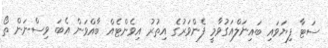
ސަޓާ ފިޔަވައި ބައިނަލްއަގުވާމީ ފެންވަރުގެ އިތުރު އިވެންޓެއް ބާއްވަން އެބަ ވިސްނަން ތޯ